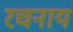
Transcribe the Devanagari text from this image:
रचनायं